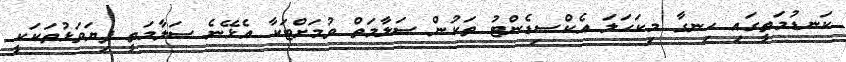
ކަނޑުމަތީގައި ހިނގާ މިކަހަލަ އެކްސިޑެންޓު ތަކުން ސަލާމަތް ވުމަށްޓަކާ އެޅޭނެ ސަލާމަތީ ފިޔަވަޅުތަކަކީ